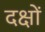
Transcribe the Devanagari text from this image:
दक्षों